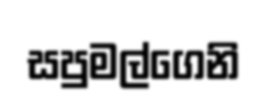
සපුමල්ගෙනි